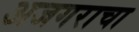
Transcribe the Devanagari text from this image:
अजगराचा